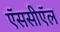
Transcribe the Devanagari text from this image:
ऍससीऍल